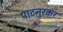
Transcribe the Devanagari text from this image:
पाटनुरकर